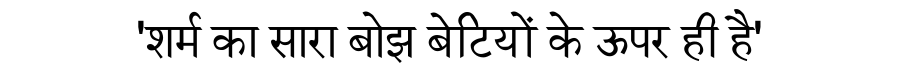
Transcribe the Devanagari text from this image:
'शर्म का सारा बोझ बेटियों के ऊपर ही है'